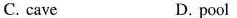
C. cave D. pool